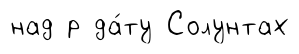
над р да́ту Солунтах